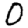
Digit: 0